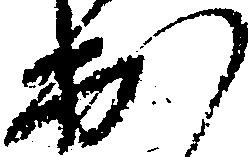
出